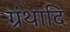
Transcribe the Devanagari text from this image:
ग्रंथादि